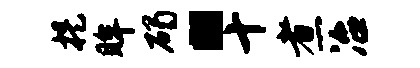
提眸碣“十煮冶